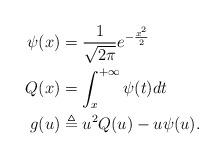
LaTeX: \begin{align*} \psi(x) &= \frac{1}{\sqrt{2\pi}}e^{-\frac{x^2}{2}}\\ Q(x) &= \int_{x}^{+\infty}\psi(t)dt\\ g(u) &\triangleq u^2Q(u)-u\psi(u).\end{align*}